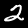
Label: 2